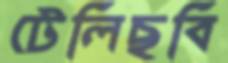
টেলিছবি